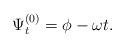
LaTeX: \begin{align*}\Psi^{(0)}_t = \phi - \omega t.\end{align*}